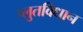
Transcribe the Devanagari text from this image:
प्लुतविधान